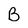
Character: B